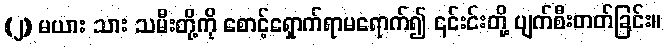
(၂) မယား သား သမီးတို့ကို စောင့်ရှောက်ရာမရောက်၍ ၎င်းင်းတို့ ပျက်စီးတတ်ခြင်း။